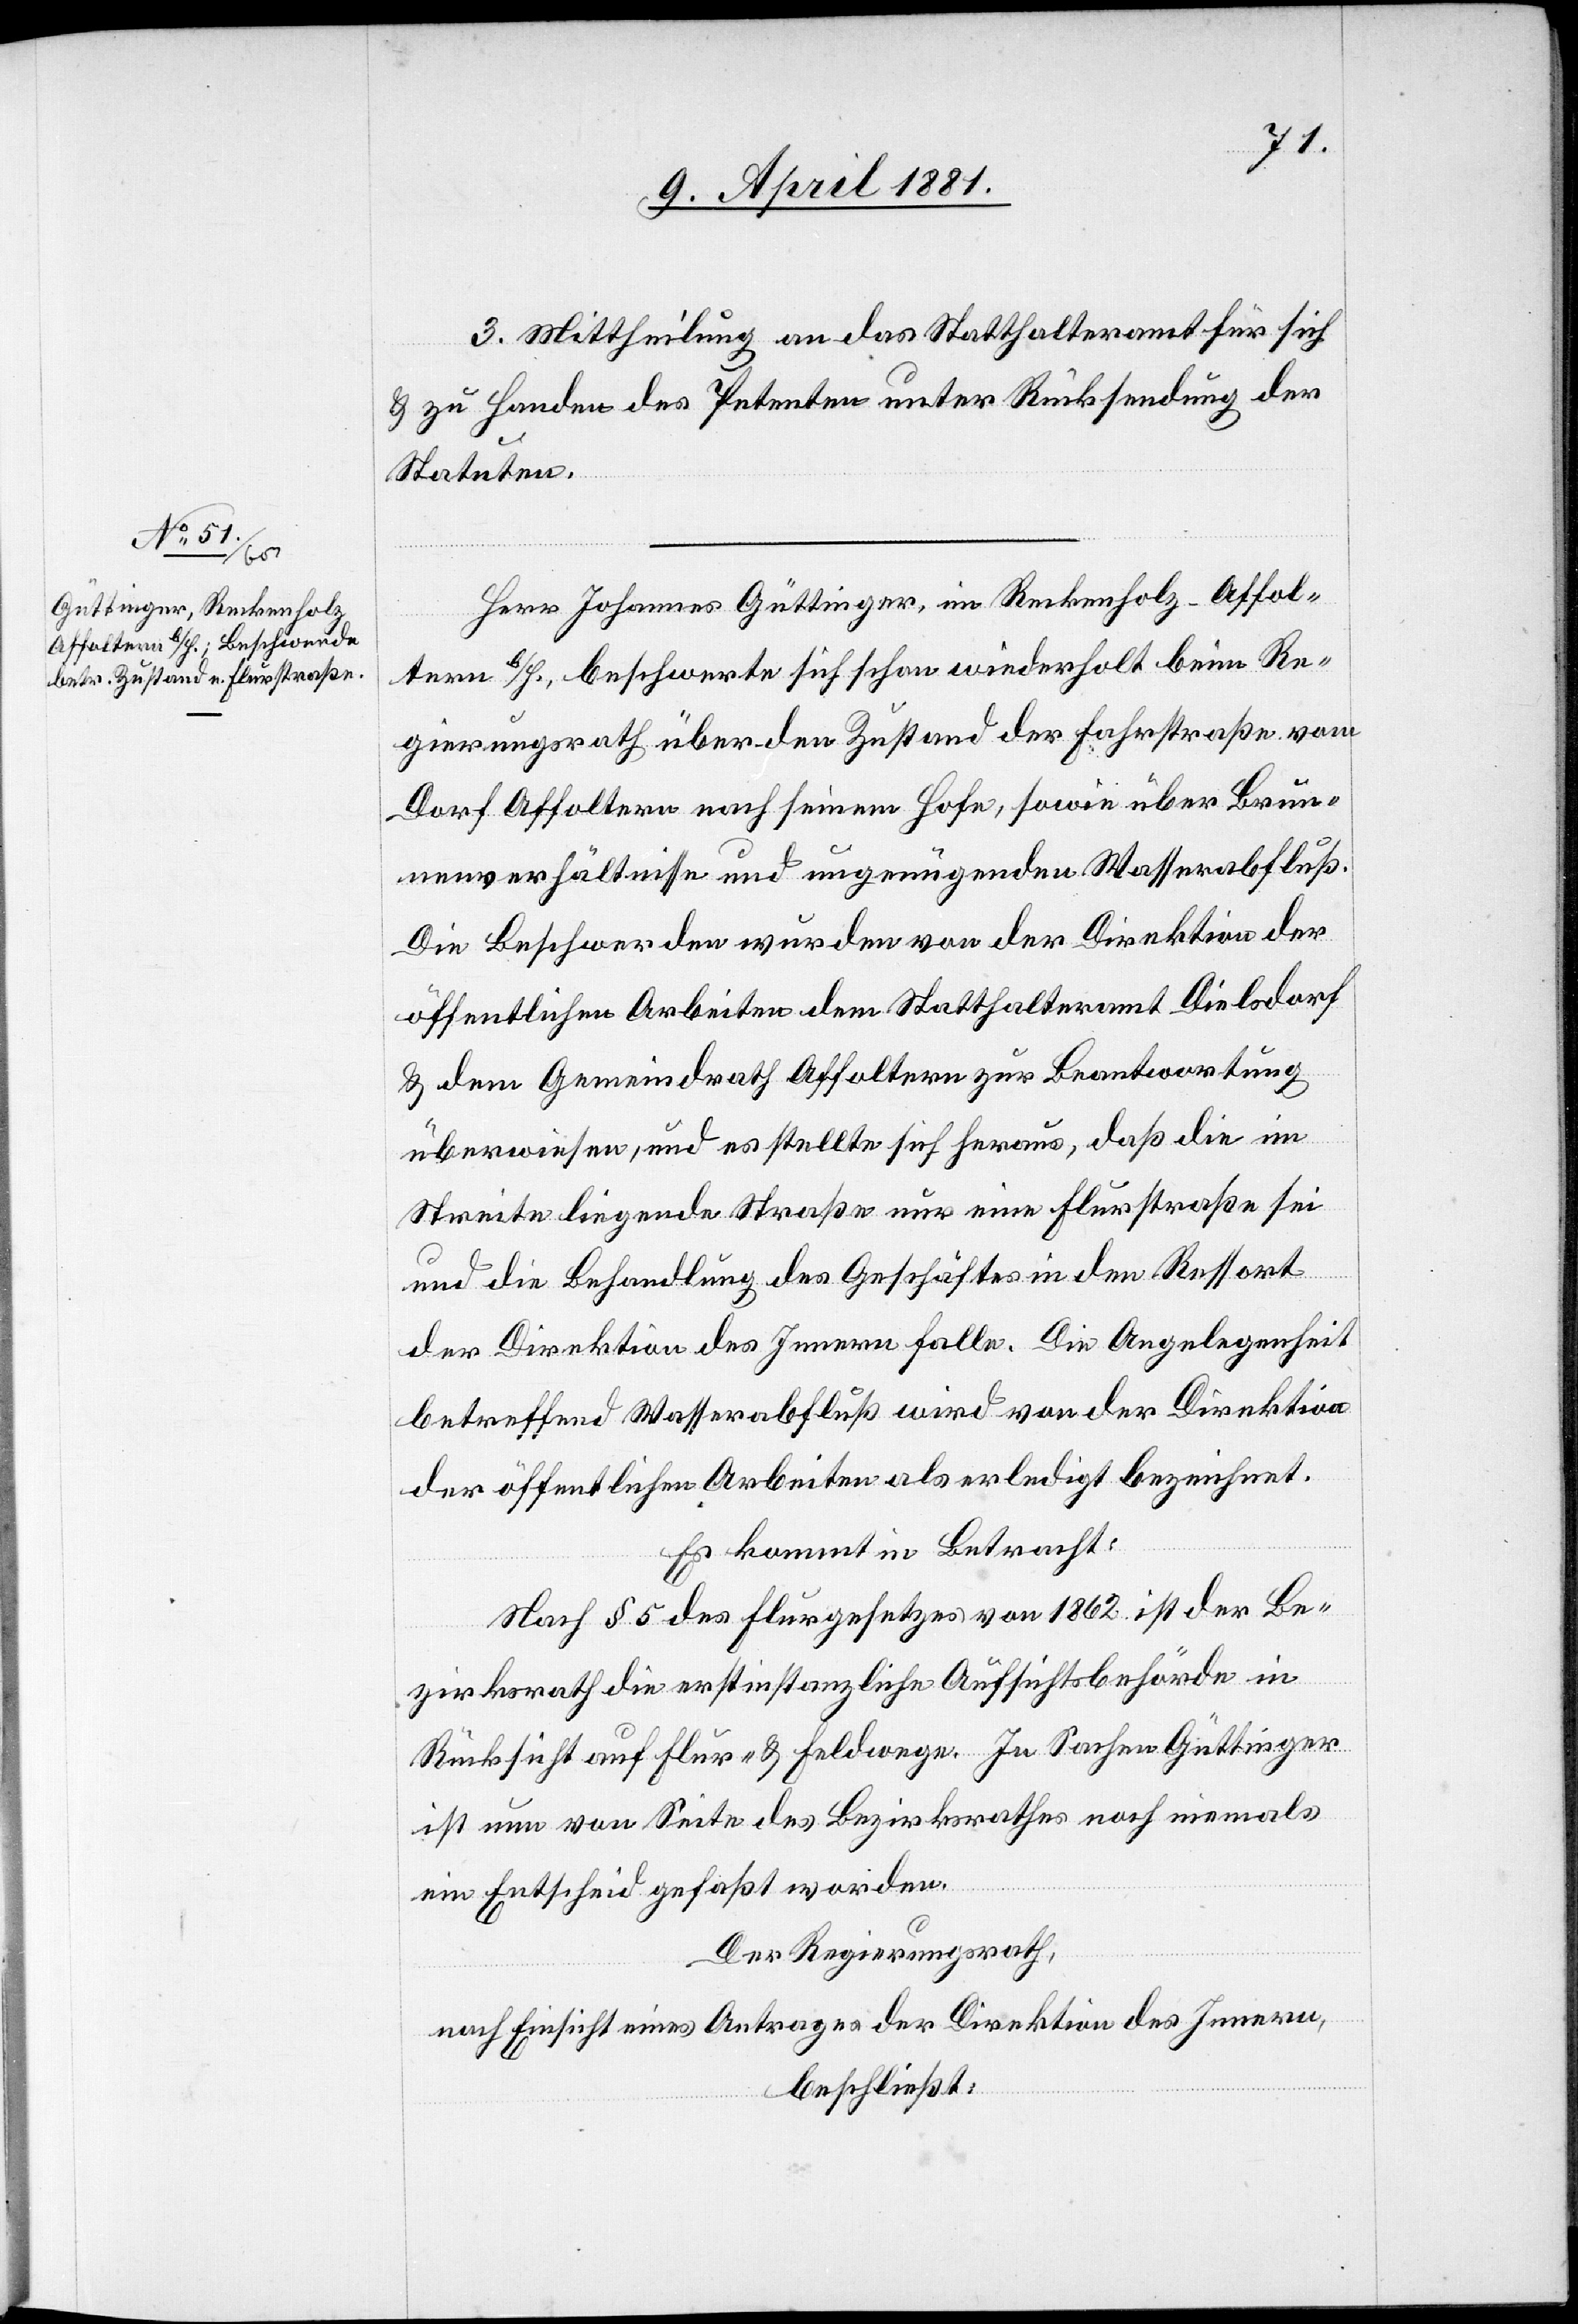
3. Mittheilung an das Statthalteramt für sich
& zu Handen des Petenten unter Rücksendung der
Statuten.
Herr Johannes Güttinger, in Reckenholz-Affol¬
tern b/H., beschwerte sich schon wiederholt beim Re¬
gierungsrath über den Zustand der Fahrstraße vom
Dorf Affoltern nach seinem Hofe, sowie über Brun¬
nenverhältnisse und ungenügenden Wasserabfluß.
Die Beschwerden wurden von der Direktion
öffentlichen Arbeiten dem Statthalteramt Dielsdorf
& dem Gemeindrath Affoltern zur Beantwortung
überwiesen, und es stellte sich heraus, daß die im
Streite liegende Straße nur eine Flurstraße sei
und die Behandlung des Geschäftes in den Ressort
der Direktion des Innern falle. Die Angelegenheit
betreffend Wasserabluß wird von der Direktio¬
n öffentlichen Arbeiten als erledigt bezeichnet.
Es kommt in Betracht:
Nach § 5 des Flurgesetzes von 1862 ist der Be¬
zirksrath die erstinstanzliche Aufsichtsbehörde in
Rücksicht auf Flur- & Feldwege. In Sachen Güttinger
ist nun von Seite des Bezirksrathes noch niemals
ein Entscheid gefaßt worden.
Der Regierungsrath,
nach Einsicht eines Antrages der Direktion des Innern,
beschließt: